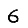
Digit: 6